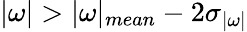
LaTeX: |\mathbf{\omega}|>|{\mathbf{\omega}}|_{mean}-2\sigma_{|\mathbf{\omega|}}